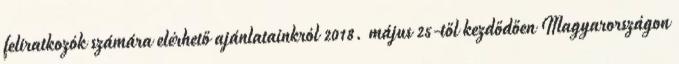
feliratkozók számára elérhető ajánlatainkról 2018. május 25-től kezdődően Magyarországon